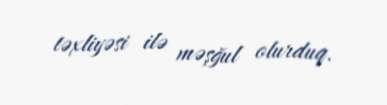
təxliyəsi ilə məşğul olurduq.